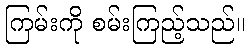
ကြမ်းကို စမ်းကြည့်သည်။